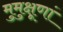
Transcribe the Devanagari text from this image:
मुमुक्षूणां